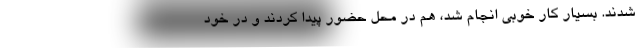
شدند. ‌بسیار کار خوبی انجام شد، هم در محل حضور پیدا کردند و در خود